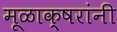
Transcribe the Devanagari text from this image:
मूळाक्षरांनी